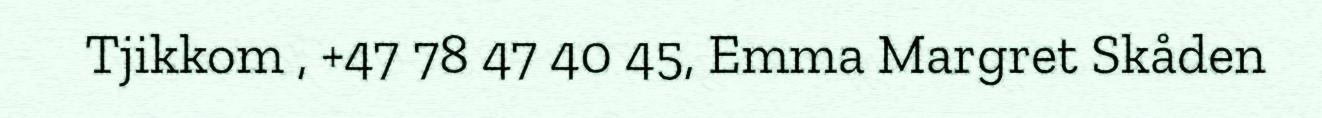
Tjikkom , +47 78 47 40 45, Emma Margret Skåden